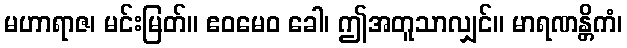
မဟာရာဇ၊ မင်းမြတ်။ ဧဝမေဝ ခေါ၊ ဤအတူသာလျှင်။ မာရဏန္တိကံ၊